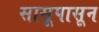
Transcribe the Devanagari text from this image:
सासूपासून